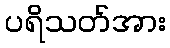
ပရိသတ်အား